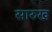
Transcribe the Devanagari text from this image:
सारुख